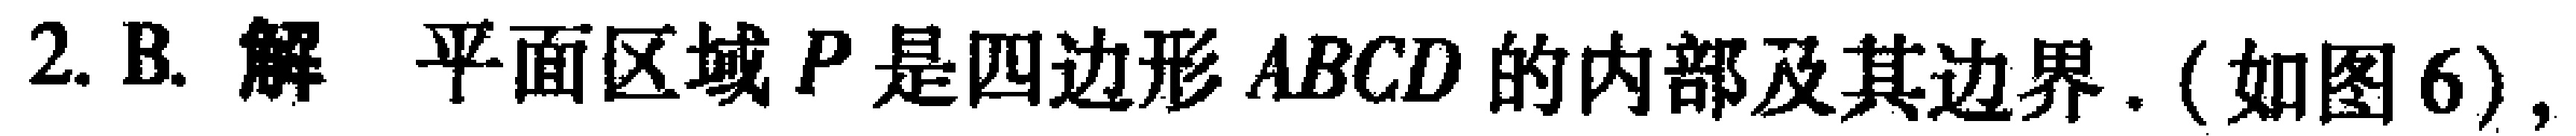
2. B. 解 平面区域\(P\)是四边形\(ABCD\)的内部及其边界. (如图6),